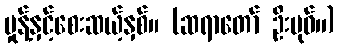
မှုန့်နှင့်စေးဆယ့်နှစ်။ (ဆရာတော် ဦးဗုဓ်၊၊)